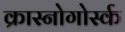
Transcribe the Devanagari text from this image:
क्रास्नोगोर्स्क